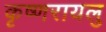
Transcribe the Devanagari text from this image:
कृष्णरायलु